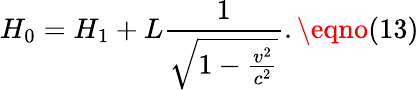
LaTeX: H_{0}=H_{1}+L\frac{1}{\sqrt{1-\frac{v^{2}}{c^{2}}}}.\eqno(13)